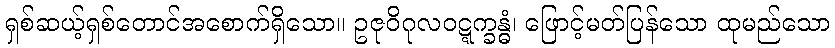
ရှစ်ဆယ့်ရှစ်တောင်အစောက်ရှိသော။ ဥဇုဝိဂုလဝဋ္ဋက္ခန္ဓံ၊ ဖြောင့်မတ်ပြန်သော ထုမည်သော